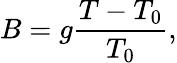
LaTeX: B=g\frac{T-T_{0}}{T_{0}},